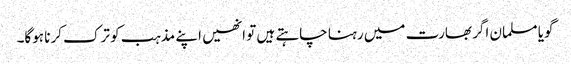
گویا مسلمان اگر بھارت میں رہنا چاہتے ہیں تو انھیں اپنے مذہب کو ترک کرنا ہوگا۔